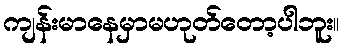
ကျန်းမာနေမှာမဟုတ်တော့ပါဘူး။